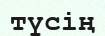
түсің